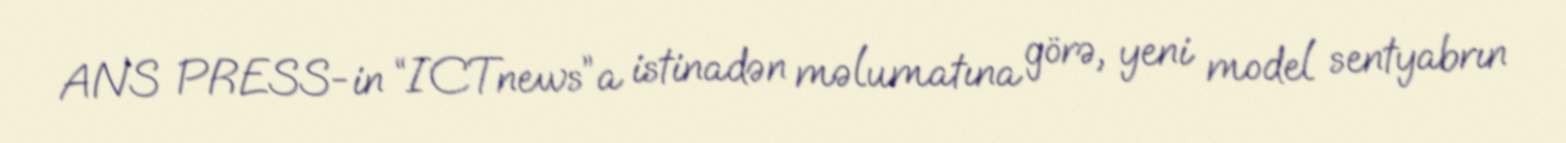
ANS PRESS-in “ICTnews”a istinadən məlumatına görə, yeni model sentyabrın